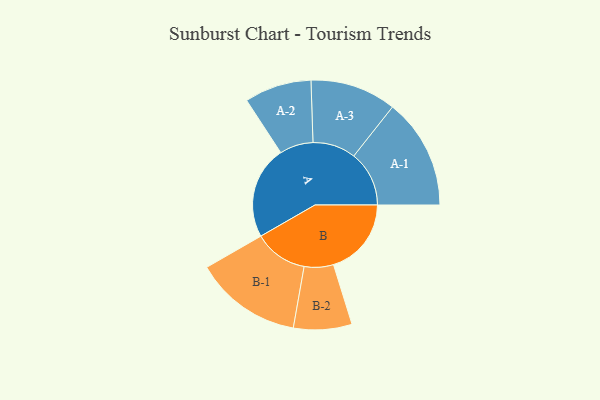
{"axis": {"x": "Segment", "y": "Value"}, "legend": ["", "A", "B"], "data": [{"x": "A", "y": 490, "type": ""}, {"x": "B", "y": 411, "type": ""}, {"x": "A-1", "y": 292, "type": "A"}, {"x": "A-2", "y": 177, "type": "A"}, {"x": "A-3", "y": 227, "type": "A"}, {"x": "B-1", "y": 283, "type": "B"}, {"x": "B-2", "y": 154, "type": "B"}]}